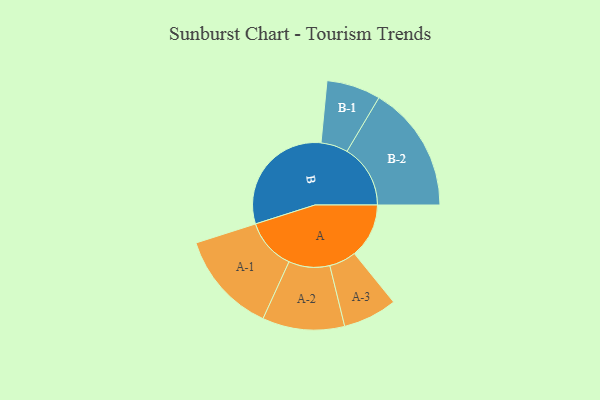
{"axis": {"x": "Segment", "y": "Value"}, "legend": ["", "A", "B"], "data": [{"x": "A", "y": 222, "type": ""}, {"x": "B", "y": 493, "type": ""}, {"x": "A-1", "y": 208, "type": "A"}, {"x": "A-2", "y": 167, "type": "A"}, {"x": "A-3", "y": 110, "type": "A"}, {"x": "B-1", "y": 110, "type": "B"}, {"x": "B-2", "y": 258, "type": "B"}]}